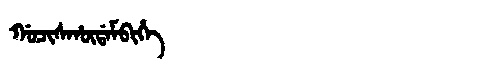
Manchu: ᡤᠣᠴᡳᠰᡥᡡᡩᠠᠮᠪᡳᡥᡝ
Romanization: GOCISHŪDAMBIHE